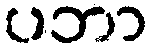
ပဘာ